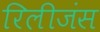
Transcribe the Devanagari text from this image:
रिलीजंस